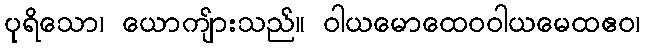
ပုရိသော၊ ယောကျ်ားသည်။ ဝါယမောထေဝဝါယမေထဧဝ၊